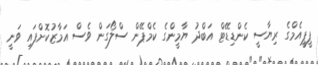
ޕީޕީއެމްގެ ރިޔާސީ ކެންޑިޑޭޓް އަބްދު ޔާމީންގެ ކެމްޕޭން ސްލޯގަން ވެސް އަމާޒުކޮށްފައި ވަނީ